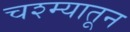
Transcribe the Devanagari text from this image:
चश्म्यातून